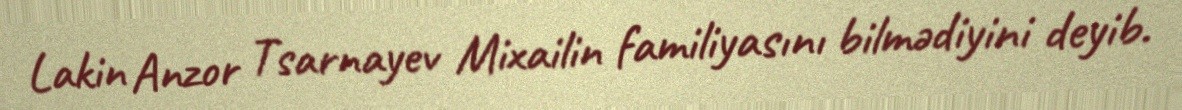
Lakin Anzor Tsarnayev Mixailin familiyasını bilmədiyini deyib.